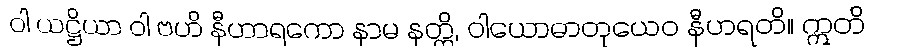
ဝါ ယဋ္ဌိယာ ဝါ ဗဟိ နီဟာရကော နာမ နတ္ထိ, ဝါယောဓာတုယေဝ နီဟရတိ။ ဣတိ